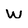
Character: w